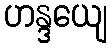
ဟန္ဒယျေ